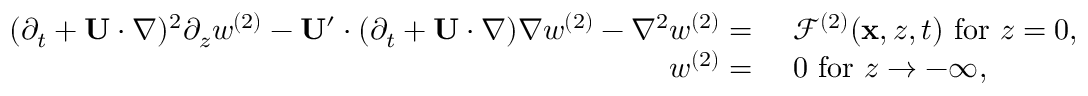
\begin{array} { r l } { ( \partial _ { t } + \mathbf { U } \cdot \nabla ) ^ { 2 } \partial _ { z } w ^ { ( 2 ) } - \mathbf { U } ^ { \prime } \cdot ( \partial _ { t } + \mathbf { U } \cdot \nabla ) \nabla w ^ { ( 2 ) } - \nabla ^ { 2 } w ^ { ( 2 ) } = ~ } & { \mathcal { F } ^ { ( 2 ) } ( \mathbf { x } , z , t ) ~ \mathrm { f o r } ~ z = 0 , } \\ { w ^ { ( 2 ) } = ~ } & { 0 ~ \mathrm { f o r } ~ z \to - \infty , } \end{array}